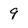
Character: 9